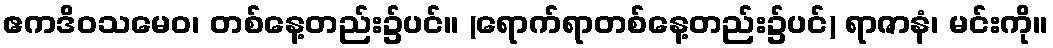
ဧကဒိဝသမေဝ၊ တစ်နေ့တည်း၌ပင်။ (ရောက်ရာတစ်နေ့တည်း၌ပင်) ရာဇာနံ၊ မင်းကို။